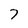
Character: 7